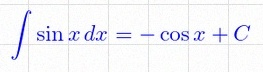
\int \sin x\,dx=-\cos x+C